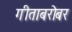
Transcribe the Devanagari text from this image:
गीताबरोबर